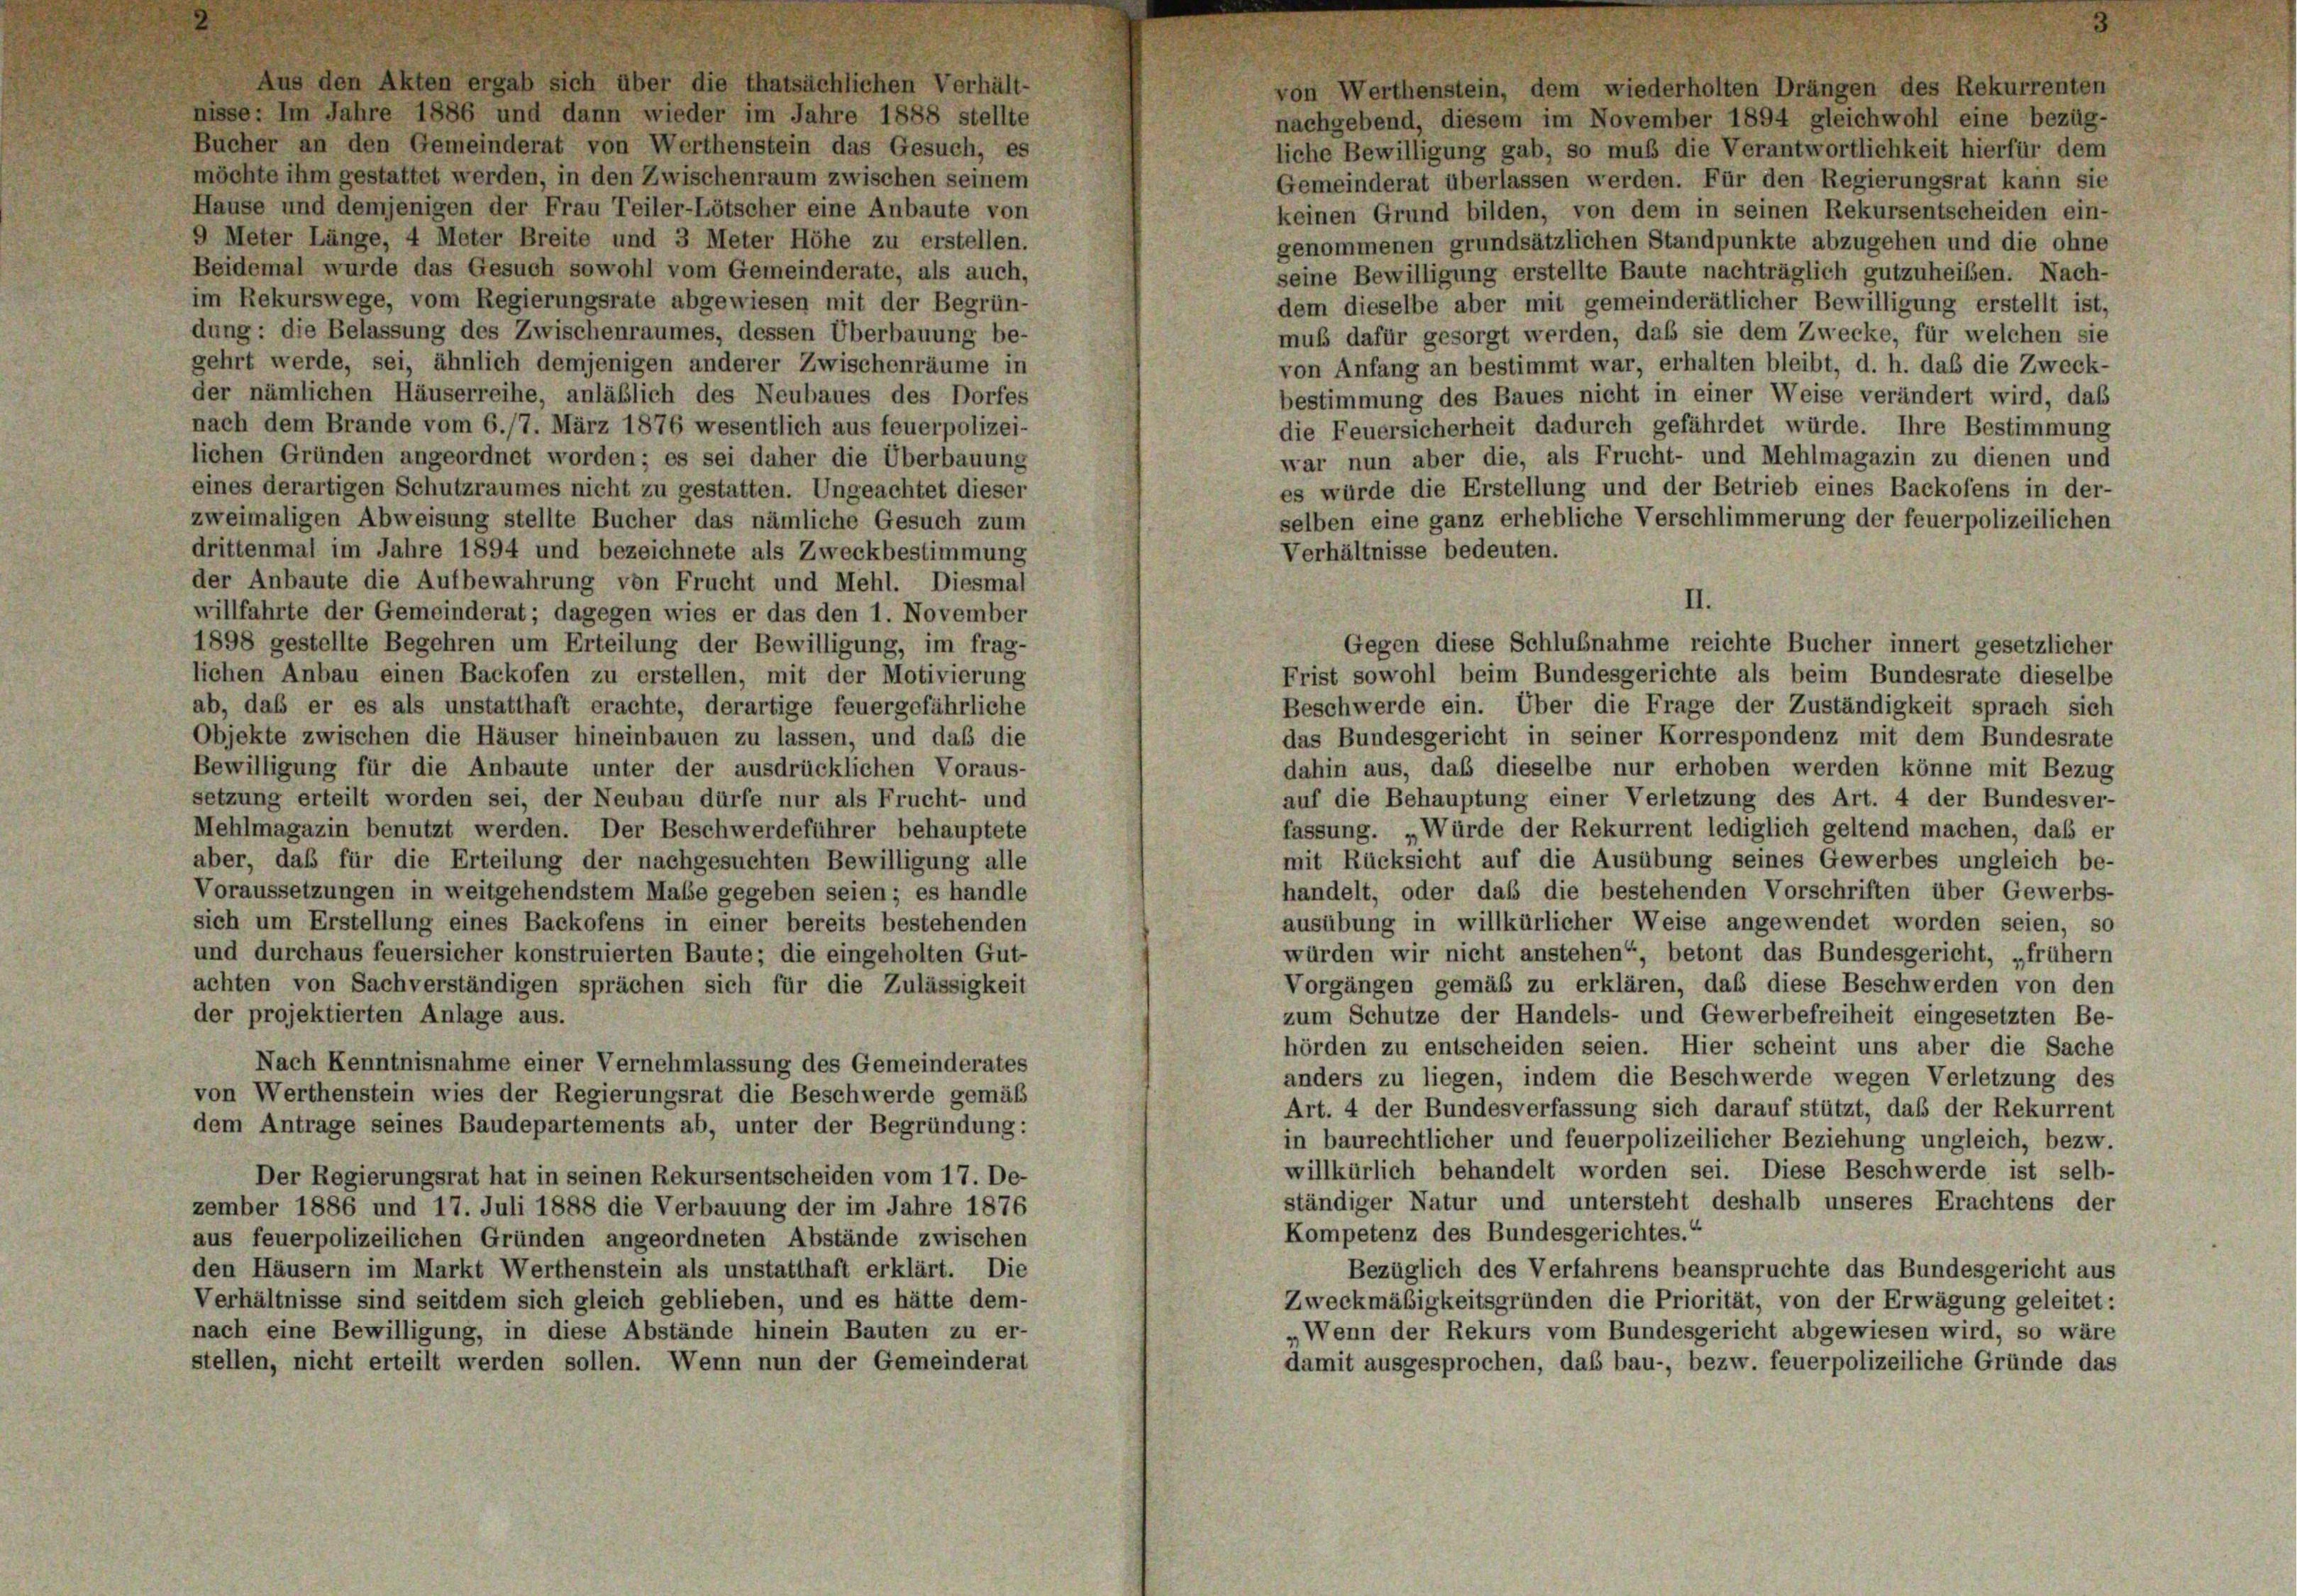
Aus den Akten ergab sich über die thatsächlichen Verhält-
nisse: Im Jahre 1886 und dann wieder im Jahre 1888 stellte
Bucher an den Gemeinderat von Werthenstein das Gesuch, es
möchte ihm gestattet werden, in den Zwischenraum zwischen seinem
Hause und demjenigen der Frau Teiler-Lötscher eine Anbaute von

von Werthenstein, dem wiederholten Drängen des Rekurrenten
nachgebend, diesem im November 1894 gleichwohl eine bezüg-
liche Bewilligung gab, so muß die Verantwortlichkeit hierfür dem
Gemeinderat überlassen werden. Für den Regierungsrat kann sie
keinen Grund bilden, von dem in seinen Rekursentscheiden ein-
9 Meter Länge, 4 Meter Breite und 3 Meter Höhe zu erstellen.
genommenen grundsätzlichen Standpunkte abzugehen und die ohne
Beidemal wurde das Gesuch sowohl vom Gemeinderate, als auch,
seine Bewilligung erstellte Baute nachträglich gutzuheiben. Nach-
im Rekurswege, vom Regierungsrate abgewiesen mit der Begrün-
dem dieselbe aber mit gemeinderätlicher Bewilligung erstellt ist,
dung: die Belassung des Zwischenraumes, dessen Überbauung be-
muß dafür gesorgt werden, daß sie dem Zwecke, für welchen sie
gehrt werde, sei, ähnlich demjenigen anderer Zwischenräume in
von Anfang an bestimmt war, erhalten bleibt, d. h. das die Zweck
der nämlichen Häuserreihe, anläßlich des Neubaues des Dorfes
bestimmung des Baues nicht in einer Weise verändert wird, daß
nach dem Brande vom 6./7. März 1876 wesentlich aus feuerpolizei-
die Feuersicherheit dadurch gefährdet würde. Ihre Bestimmung
lichen Gründen angeordnet worden; es sei daher die Überbauung
war nun aber die, als Frucht- und Mehlmagazin zu dienen und
es würde die Erstellung und der Betrieb eines Backofens in der-
eines derartigen Schutzraumes nicht zu gestatten. Ungeachtet dieser
zweimaligen Abweisung stellte Bucher das nämliche Gesuch zum
selben eine ganz erhebliche Verschlimmerung der feuerpolizeilichen
drittenmal im Jahre 1894 und bezeichnete als Zweckbestimmung
Verhältnisse bedeuten.
der Anbaute die Aufbewahrung von Frucht und Mehl. Diesmal
willfahrte der Gemeinderat; dagegen wies er das den 1. November
1898 gestellte Begehren um Erteilung der Bewilligung, im frag-
Gegen diese Schlußnahme reichte Bucher innert gesetzliche
Frist sowohl beim Bundesgerichte als beim Bundesrate dieselbe
lichen Anbau einen Backofen zu erstellen, mit der Motivierung
ab, daß er es als unstatthaft erachte, derartige feuergefährliche
Beschwerde ein. Über die Frage der Zuständigkeit sprach sich
das Bundesgericht in seiner Korrespondenz mit dem Bundesrate
Objekte zwischen die Häuser hineinbauen zu lassen, und daß die
Bewilligung für die Anbaute unter der ausdrücklichen Voraus-
dahin aus, daß dieselbe nur erhoben werden könne mit Bezug
setzung erteilt worden sei, der Neubau dürfe nur als Frucht- und
auf die Behauptung einer Verletzung des Art. 4 der Bundesver
fassung. „Würde der Rekurrent lediglich geltend machen, daß e
Mehlmagazin benutzt werden. Der Beschwerdeführer behauptete
aber, daß für die Erteilung der nachgesuchten Bewilligung alle
mit Rücksicht auf die Ausübung seines Gewerbes ungleich be-
handelt, oder daß die bestehenden Vorschriften über Gewerbs-
Voraussetzungen in weitgehendstem Maße gegeben seien; es handle
sich um Erstellung eines Backofens in einer bereits bestehenden
ausübung in willkürlicher Weise angewendet worden seien, so
und durchaus feuersicher konstruierten Baute; die eingeholten Gut-
würden wir nicht anstehen“ betont das Bundesgericht, „früher
achten von Sachverständigen sprächen sich für die Zulässigkeit
Vorgängen gemäß zu erklären, daß diese Beschwerden von des
der projektierten Anlage aus.
zum Schutze der Handels- und Gewerbefreiheit eingesetzten Be
hörden zu entscheiden seien. Hier scheint uns aber die Sach
Nach Kenntnisnahme einer Vernehmlassung des Gemeinderates
anders zu liegen, indem die Beschwerde wegen Verletzung des
von Werthenstein wies der Regierungsrat die Beschwerde gemäß
Art. 4 der Bundesverfassung sich darauf stützt, daß der Rekurren
dem Antrage seines Baudepartements ab, unter der Begründung:
in baurechtlicher und feuerpolizeilicher Beziehung ungleich, bezw.
willkürlich behandelt worden sei. Diese Beschwerde ist selb
Der Regierungsrat hat in seinen Rekursentscheiden vom 17. De-
ständiger Natur und untersteht deshalb unseres Erachtens der
zember 1886 und 17. Juli 1888 die Verbauung der im Jahre 1876
Kompetenz des Bundesgerichtes.“
aus feuerpolizeilichen Gründen angeordneten Abstände zwischen
den Häusern im Markt Werthenstein als unstatthaft erklärt. Die
Bezüglich des Verfahrens beanspruchte das Bundesgericht auf
Verhältnisse sind seitdem sich gleich geblieben, und es hätte dem-
Zweckmäßigkeitsgründen die Priorität, von der Erwägung geleitet
nach eine Bewilligung, in diese Abstände hinein Bauten zu er-
Wenn der Rekurs vom Bundesgericht abgewiesen wird, so wär
stellen, nicht erteilt werden sollen. Wenn nun der Gemeinderat
damit ausgesprochen, das bau-, bezw. feuerpolizeiliche Gründe da

II.